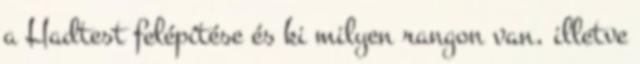
a Hadtest felépítése és ki milyen rangon van, illetve